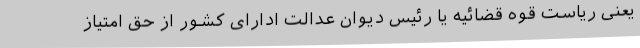
یعنی ریاست قوه قضائیه یا رئیس دیوان عدالت ادارای کشور از حق امتیاز